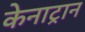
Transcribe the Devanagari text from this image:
केनाट्रान